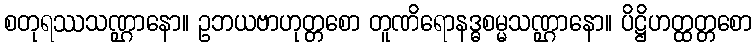
စတုရဿသဏ္ဌာနော။ ဥဘယဗာဟုတ္တစော တူဏိရောနဒ္ဓစမ္မသဏ္ဌာနော။ ပိဋ္ဌိဟတ္ထတ္တစော